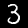
Label: 3